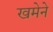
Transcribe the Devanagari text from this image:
खमेने